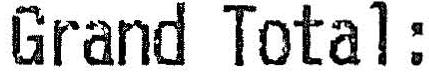
GRAND TOTAL: